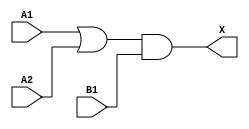
`timescale 1ps/1ps
module cell_o21a
(
    input wire A1,
    input wire A2,
    input wire B1,
    output wire X
);
    assign X = ((A1 | A2) & B1);
endmodule